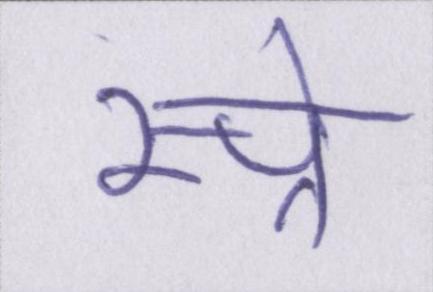
स्प्रे